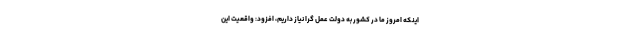
اینکه امروز ما در کشور به دولت عمل گرا نیاز داریم، افزود: واقعیت این